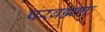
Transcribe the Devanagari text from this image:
परब्रह्मणः